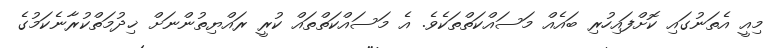
މިއީ އެތަނުގައި ކޮށްފައިހުރި ބައެއް މަސައްކަތްތަކެވެ. އެ މަސައްކަތްތައް ކުރީ ރައްޔިތުންނަށް ޚިދުމަތްކުރާނެކަމުގެ